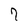
Character: 7